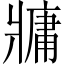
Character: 牅